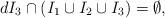
LaTeX: \begin{align*}d I_3 \cap (I_1 \cup I_2 \cup I_3) = \emptyset,\end{align*}